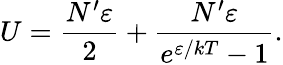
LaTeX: U={\frac{N^{\prime}\varepsilon}{2}}+{\frac{N^{\prime}\varepsilon}{e^{\varepsilon/kT}-1}}.